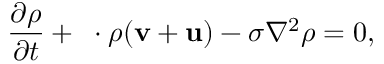
\frac { \partial \rho } { \partial t } + { \bf \nabla } \cdot \rho ( { \bf v } + { \bf u } ) - \sigma \nabla ^ { 2 } \rho = 0 ,